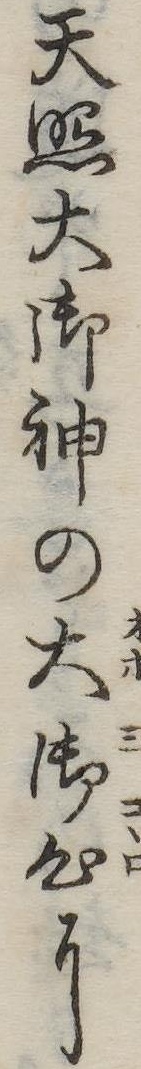
天照大御神の大御心に